Kures,_Voldemar, lk 125
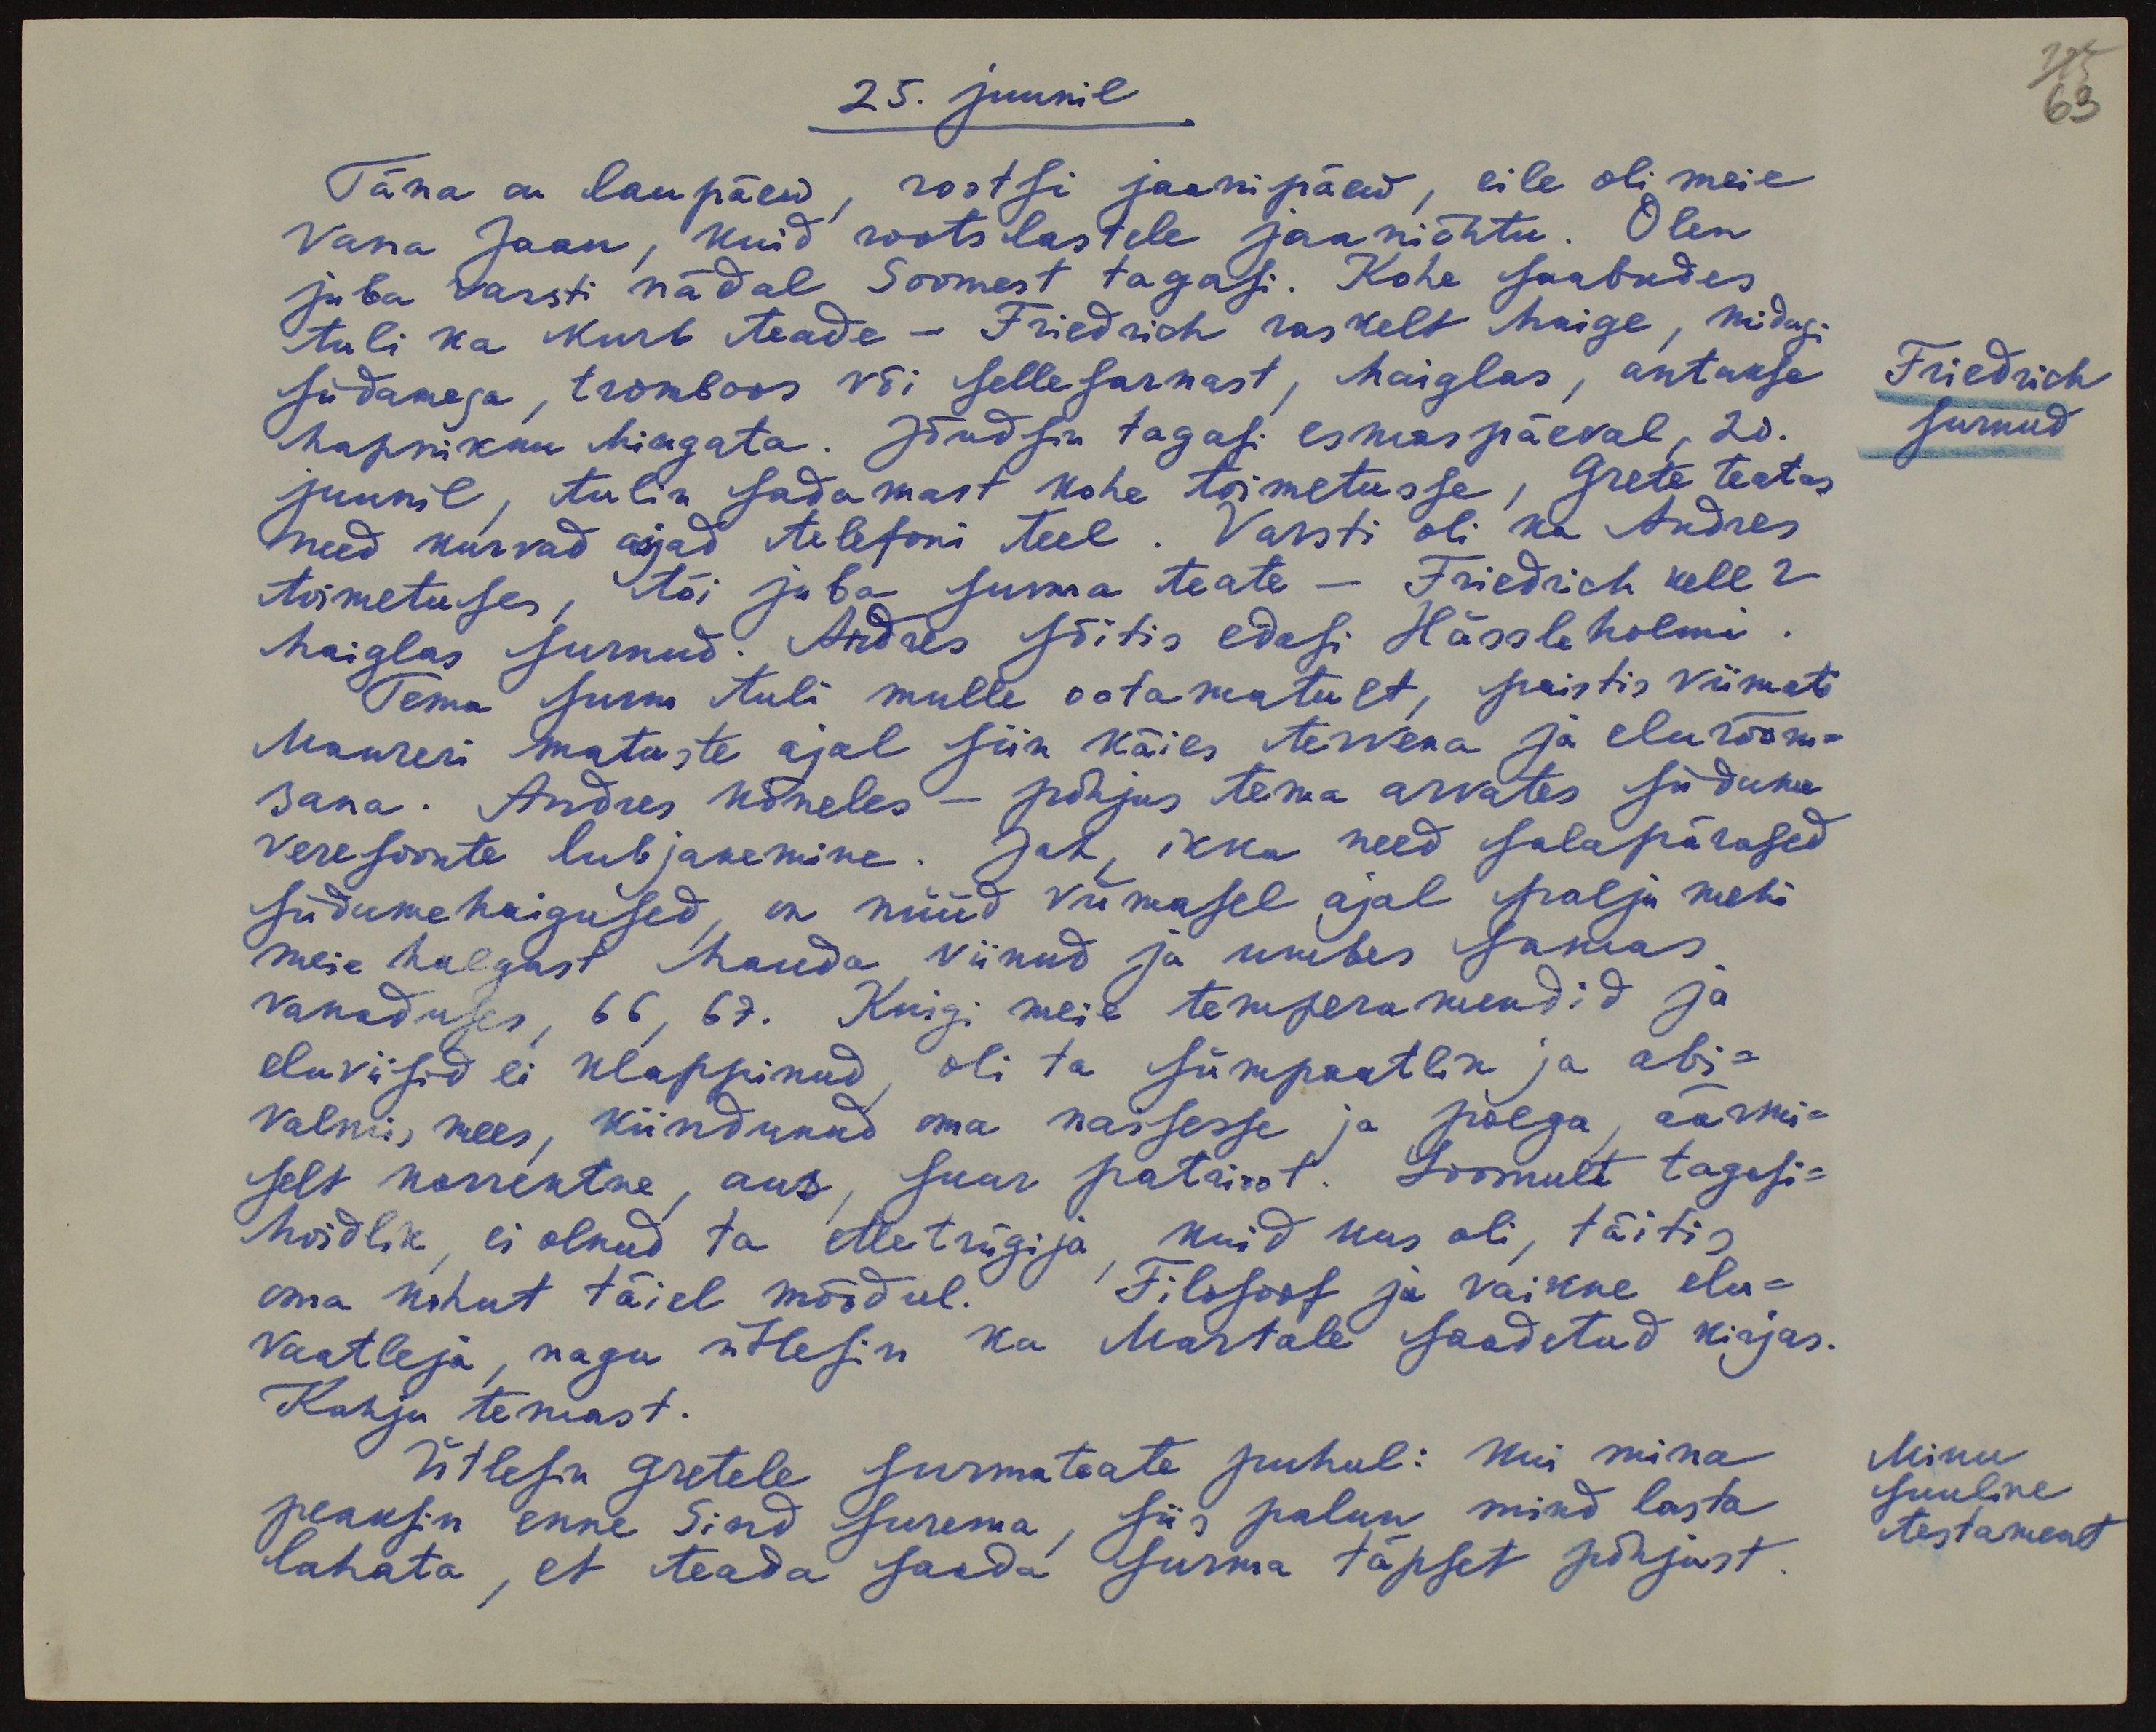
25. juunil
Täna on laupäew, rootsi jaanipäev, eile oli meie
Vana Jaan, kuid rootslastele jaaniõhtu. Olen
juba varsti nädal Soomest tagasi. Kohe saabudes
tuli ka kurb teade - Friedrich raskelt haige, midagi
südamega, tromboos või sellesarnast, haiglas, antakse
hapnikku hingata. Jõudsin tagasi esmaspäeval, 20.
juunil, tulin sadamast kohe toimetusse, Grete teatas
need kurvad asjad telefoni teel. Varsti oli ka Andres
toimetuses, tõi juba surma teate - Friedrich kell 2
haiglas surnud. Andres sõitis edasi Hässleholmi
Tema surm tuli mulle ootamatult, paistis viimati
Maureri matuste ajal siin käies tervena ja elurõõm-
sana. Andres kõneles - põhjus tema arvates südame
veresoonte lubjanemine. Jah, ikka need salapärased
südamehaigused on nüüd viimasel ajal palju mehi
meie hulgast hauda viinud ja umbes samas
vanaduses, 66, 67. Kuigi meie temperamendid ja
eluviisid ei klappinud, oli ta sümpaatlik ja abi-
valmis mees, kiindunud oma naisesse ja poega, äärmi-
selt korrektne, aus, suur patrioot. Loomult tagasi-
hoidlik, ei olnud ta ettetrügija, kuid kus oli, täitis
oma kohut täiel mõõdul. Filosoof ja vaikne elu-
vaatleja, nagu ütlesin ka Martale saadetud kirjas.
Kahju temast.
Ütlesin Gretele surmateate puhul: kui mina
peaksin enne Sind surema, siis palun mind lasta
lahata, et teada saada surma täpset põhjust.

125
63
Friedrich
surnud
Minu
suuline
testament